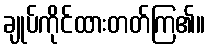
ချုပ်ကိုင်ထားတတ်ကြ၏။